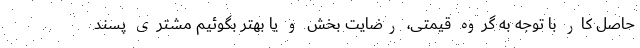
حاصل کار با توجه به گروه قیمتی، رضایت بخش و یا بهتر بگوئیم مشتری پسند